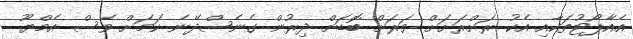
އެއާޕޯޓުތަކާއި އެކު ރަށްރަށަށް ވަރަށް ބޮޑަށް ދިރުން ގެނެސްދޭނެ ކަމަށް ވެސް އެމްޔޫ